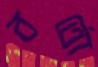
বর্তো